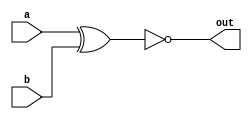
module top_module (
    input wire a,
    input wire b,
    output wire out
);
    // XNOR logic: out is true if a and b are the same (both 0 or both 1)
    assign out = ~(a ^ b);
endmodule